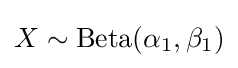
X\sim {\text{Beta}}(\alpha _{1},\beta _{1})